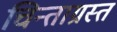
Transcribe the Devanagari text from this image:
चिन्ताग्रस्त